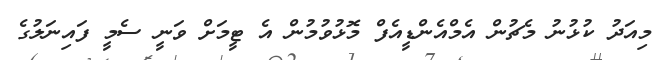
މިއަދު ކުޅުނު މެޗުން އެމްއެންޑީއެފް މޮޅުވުމުން އެ ޓީމަށް ވަނީ ސެމީ ފައިނަލުގެ